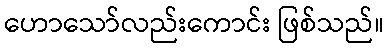
ဟောသော်လည်းကောင်း ဖြစ်သည်။